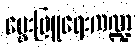
မွေးမြူရေးကဏ္ဍ